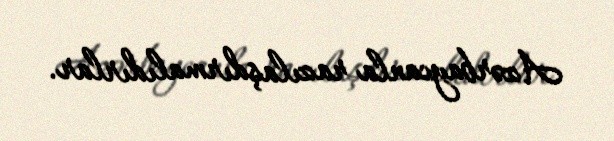
Azərbaycanla razılaşdırmalıdırlar.